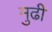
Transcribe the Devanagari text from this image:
मुढी